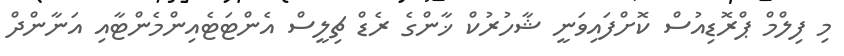
މި ފިލްމް ޕްރޮޑިއުސް ކޮށްފައިވަނީ ޝާހުރުކް ޚާންގެ ރެޑް ޗިލީސް އެންޓަޓެއިންމެންޓާއި އަނާންދް